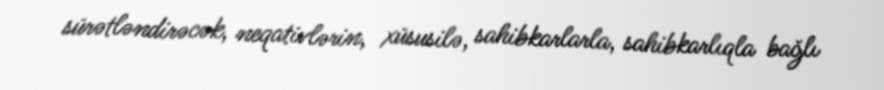
sürətləndirəcək, neqativlərin, xüsusilə, sahibkarlarla, sahibkarlıqla bağlı